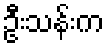
ဦးသန်းက